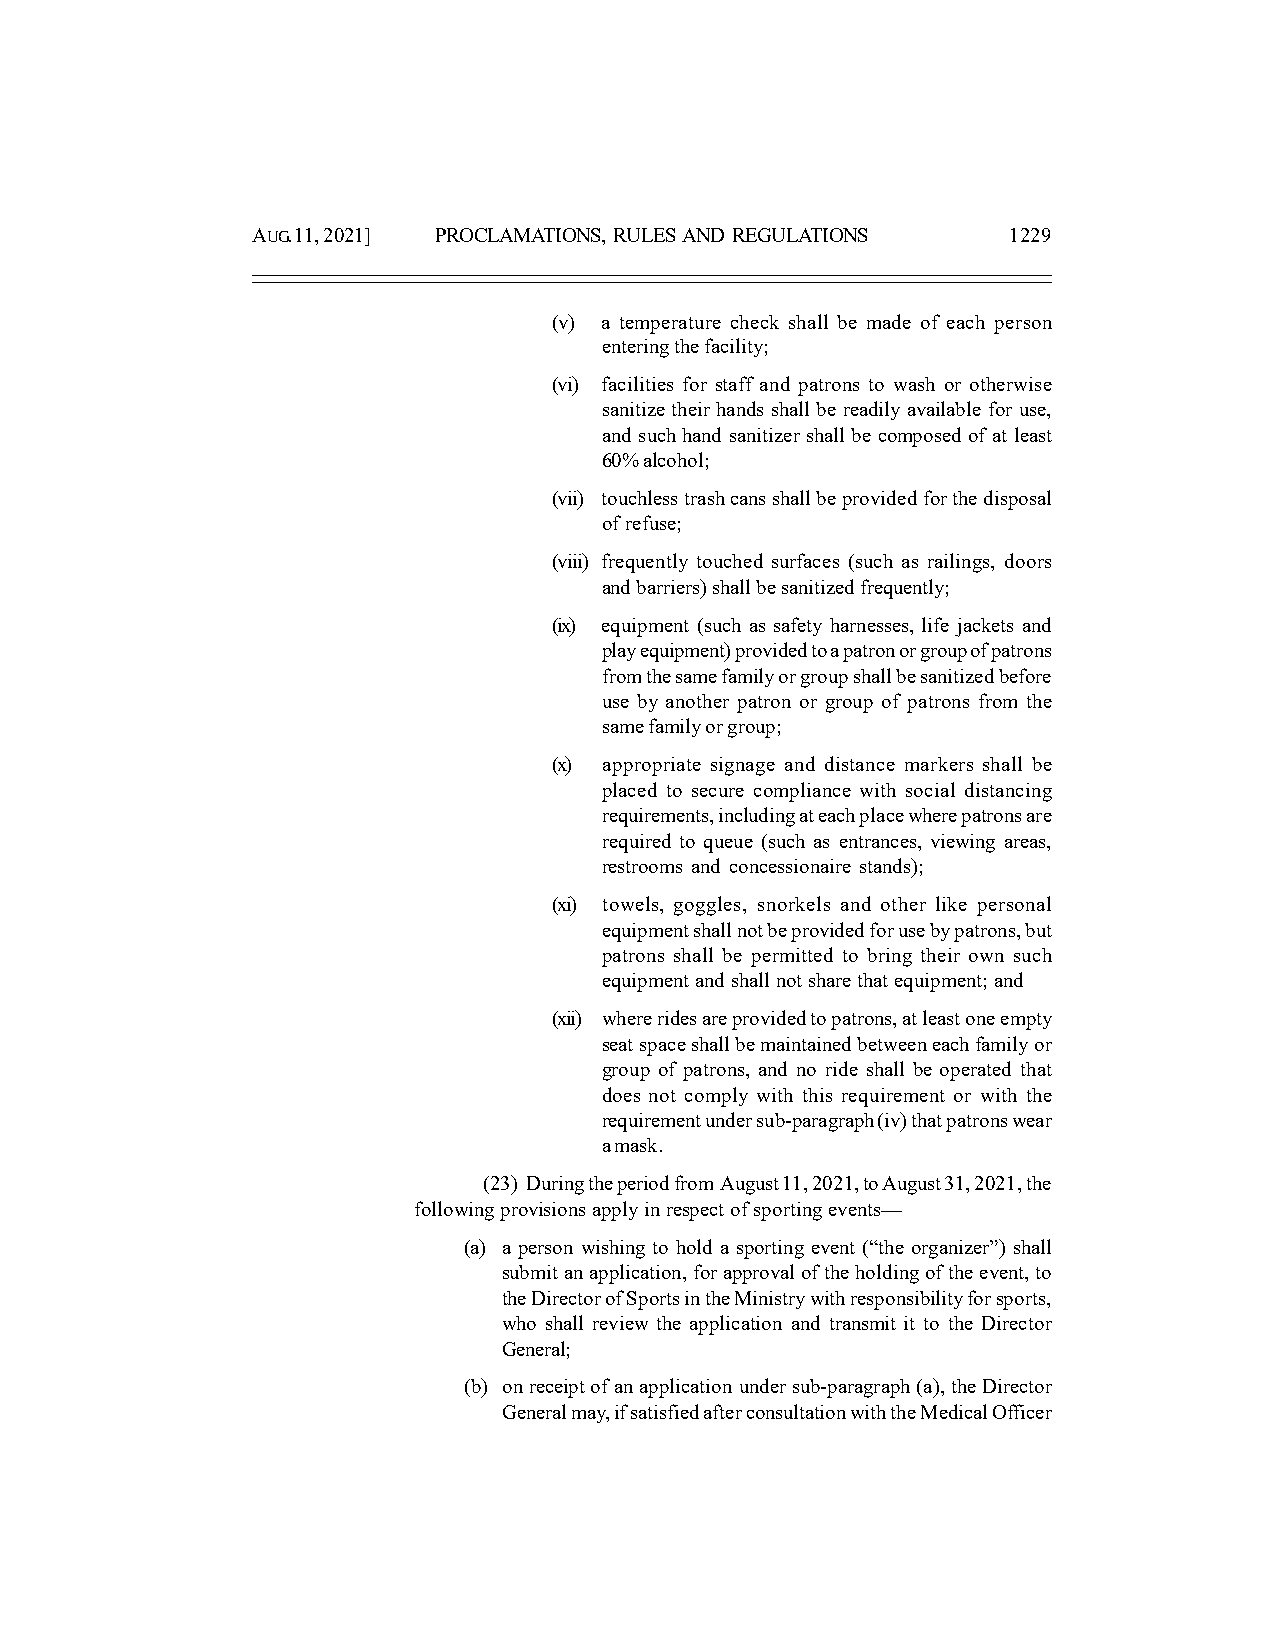
AUG. 11, 2021] PROCLAMATIONS, RULES AND REGULATIONS 1229
 (v) a temperature check shall be made of each person
 entering the facility;
 (vi) facilities for staff and patrons to wash or otherwise
 sanitize their hands shall be readily available for use,
 and such hand sanitizer shall be composed of at least
 60% alcohol;
 (vii) touchless trash cans shall be provided for the disposal
 of refuse;
 (viii) frequently touched surfaces (such as railings, doors
 and barriers) shall be sanitized frequently;
 (ix) equipment (such as safety harnesses, life jackets and
 play equipment) provided to a patron or group of patrons
 from the same family or group shall be sanitized before
 use by another patron or group of patrons from the
 same family or group;
 (x) appropriate signage and distance markers shall be
 placed to secure compliance with social distancing
 requirements, including at each place where patrons are
 required to queue (such as entrances, viewing areas,
 restrooms and concessionaire stands);
 (xi) towels, goggles, snorkels and other like personal
 equipment shall not be provided for use by patrons, but
 patrons shall be permitted to bring their own such
 equipment and shall not share that equipment; and
 (xii) where rides are provided to patrons, at least one empty
 seat space shall be maintained between each family or
 group of patrons, and no ride shall be operated that
 does not comply with this requirement or with the
 requirement under sub-paragraph (iv) that patrons wear
 a mask.
 (23) During the period from August 11, 2021, to August 31, 2021, the
 following provisions apply in respect of sporting events—
 (a) a person wishing to hold a sporting event (“the organizer”) shall
 submit an application, for approval of the holding of the event, to
 the Director of Sports in the Ministry with responsibility for sports,
 who shall review the application and transmit it to the Director
 General;
 (b) on receipt of an application under sub-paragraph (a), the Director
 General may, if satisfied after consultation with the Medical Officer